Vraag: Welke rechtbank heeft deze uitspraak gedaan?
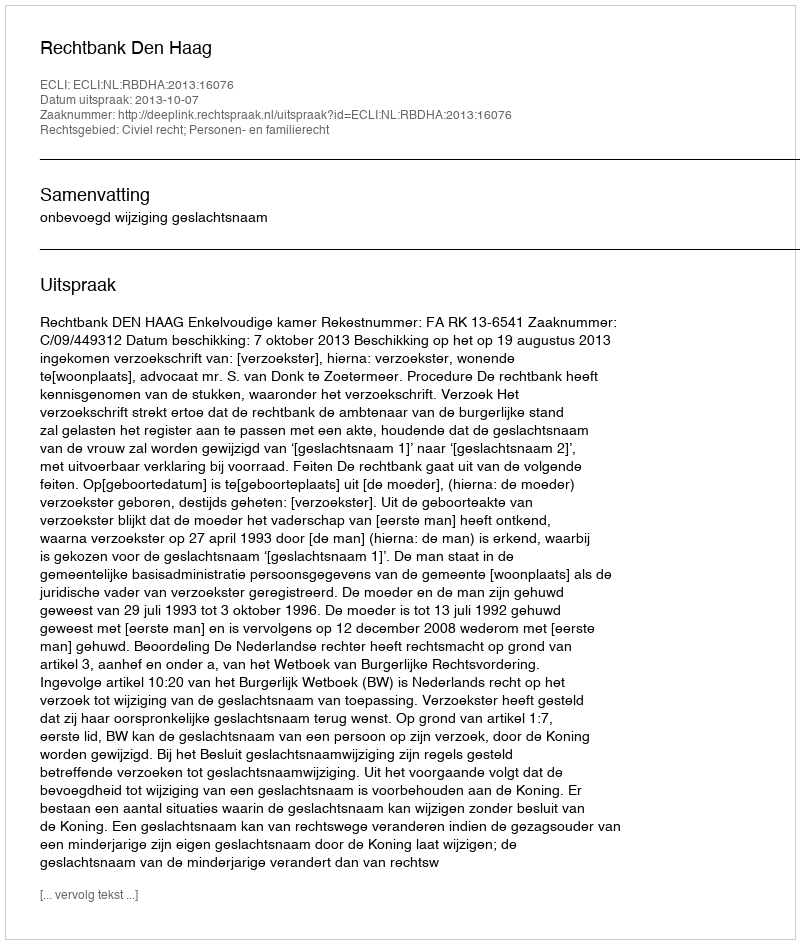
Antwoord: Rechtbank Den Haag